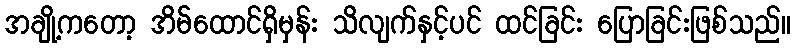
အချို့ကတော့ အိမ်ထောင်ရှိမှန်း သိလျက်နှင့်ပင် ထင်ခြင်း ပြောခြင်းဖြစ်သည်။